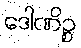
ဒေါဏိဉ္စ